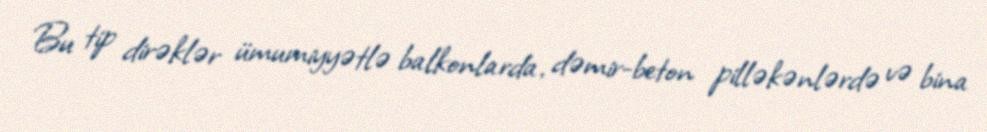
Bu tip dirəklər ümumiyyətlə balkonlarda, dəmir-beton pilləkənlərdə və bina